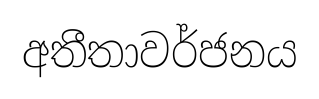
අතීතාවර්ජනය